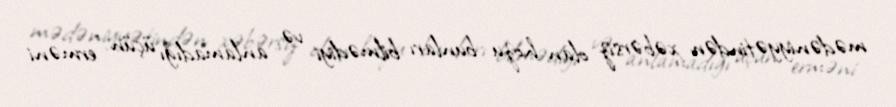
mədəniyyətindən xəbərsiz olan hozu bunları bilmədiyi və anlamadığı üçün "erməni